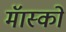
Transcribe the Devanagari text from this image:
मॅास्को